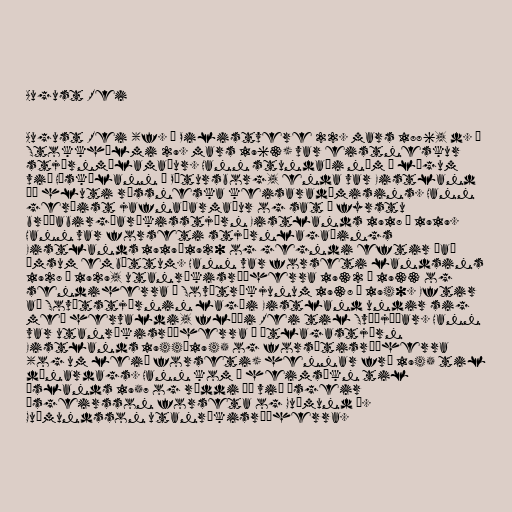
August Rei

August Rei (f. í Pilistvere 22. mars 1886, d. í
Stokkhólmi 29. mars 1963) var eistneskur
stjórnmálamaður. Hann stundaði nám í lögum
við Háskólann í Pétursborg, enda var Eistland
þá hluti rússneska keisaradæmisins. Hann
gerðist jafnaðarmaður og sat í fyrstu
bráðabirgðaríkisstjórn Eistlands 1918 – 1919.
Hann var forseti stjórnlagaþings
Eistlands 1919–1920 og gegndi eftir það
ýmsum embættum. Hann var forseti landsins
1928 – 1929, utanríkisráðherra 1932 – 1933 og
sendiherra í Sovétríkjunum 1938 – 1940. Eftir
að Sovétstjórnin lagði Eistland undir sig
með hervaldi, flýði Rei til Svíþjóðar. Hann
var utanríkisráðherra í útlagastjórn
Eistlands 1944–1945 og forsætisráðherra
(og um leið forseti) hennar frá 1945 til
dánardags. Hann kom í heimsókn til
Íslands 1957 og ræddi þá við Ásgeir
Ásgeirsson forseta og Guðmund Í.
Guðmundsson utanríkisráðherra.